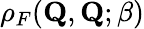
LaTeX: \rho_{F}(\mathbf{Q},\mathbf{Q};\beta)